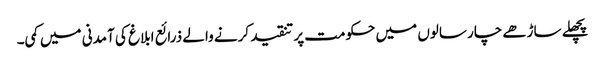
پچھلے ساڑھے چار سالوں میں حکومت پر تنقید کرنے والے ذرائع ابلاغ کی آمدنی میں کمی۔